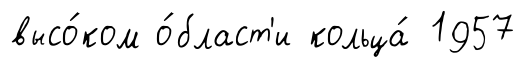
высо́ком о́бласт'и кольца́ 1957